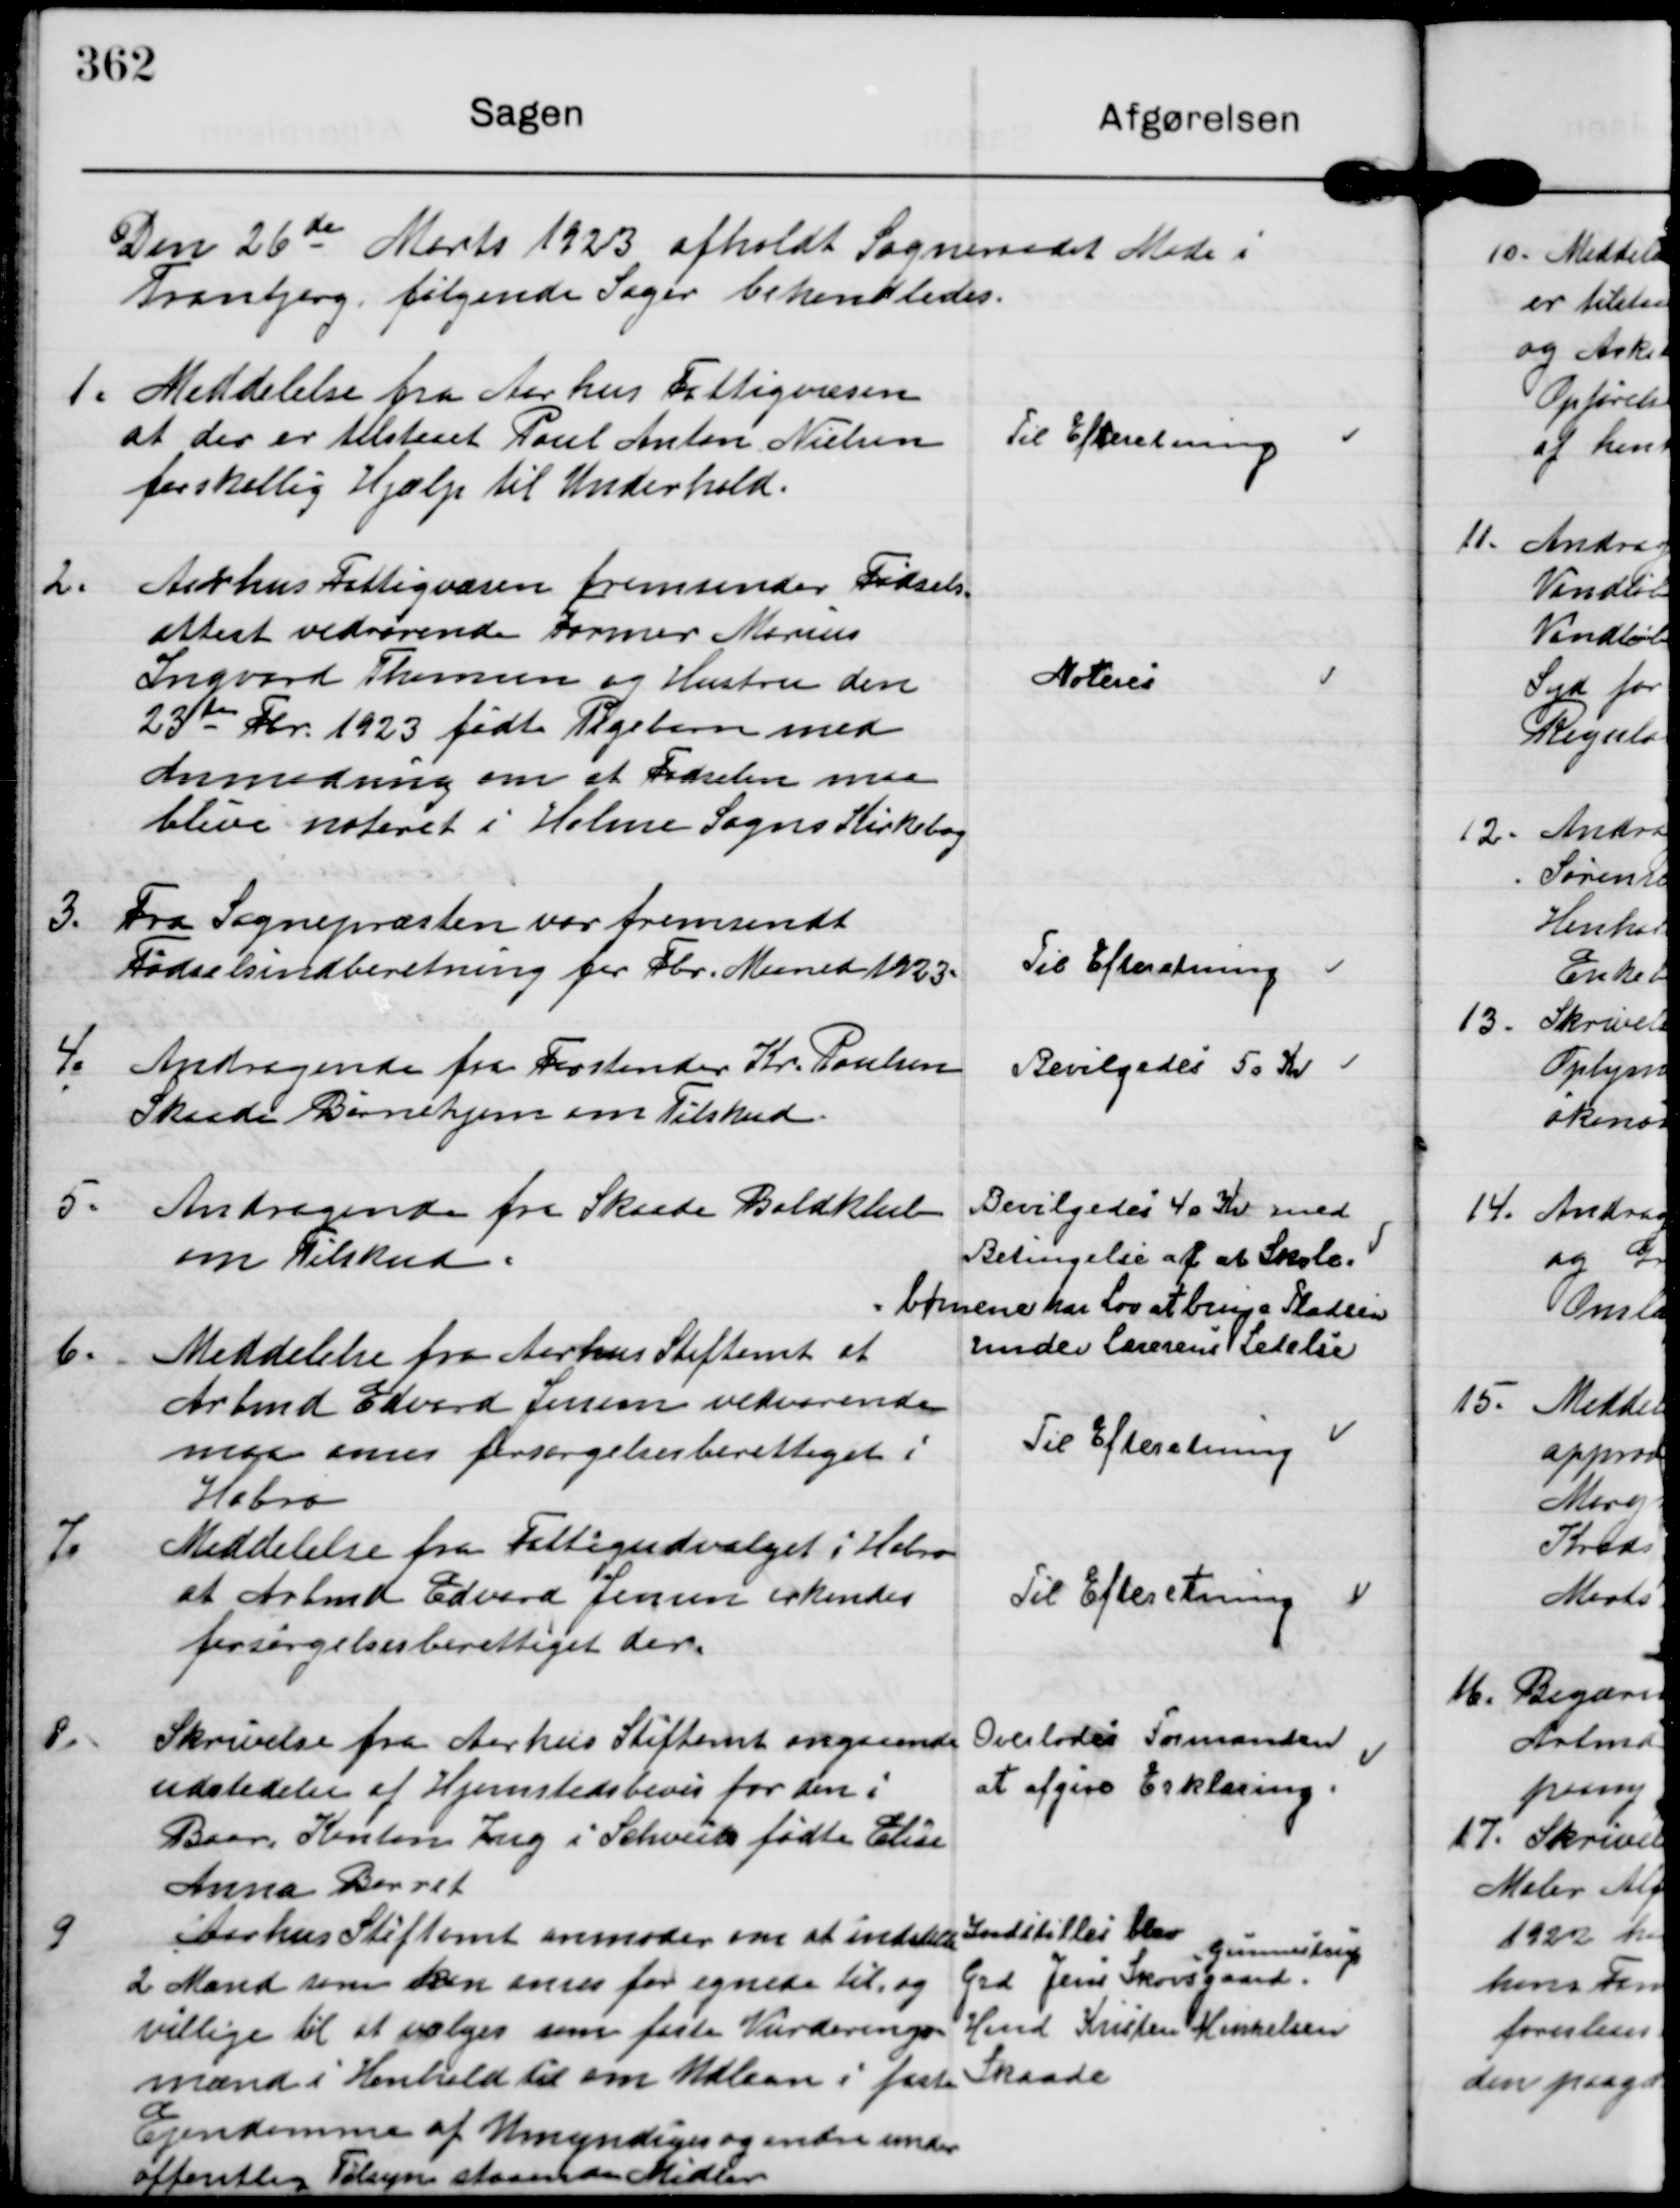
Transskription:
Den 26de Marts 1923 afholdt Sogneraadet Møde i
Tranbjerg, følgende Sager behandledes

1. Meddelelse fra Aarhus Fattigvæsen
at der er tilstaaet Poul Anton Nielsen
forskellig Hjælp til Underhold.

Til Efteretning

2.
Aarhus Fattigvæsen fremsender Fødsels-
attest vedrørende Former Marius
Ingvard Thomsen og Hustru den
23te Fbr. 1923 fødte Pigebarn med
Anmodning om at Fødselen maa
blive noteret i Holme Sogns Kirkebog

Noteres

3. Fra Sognepræsten var fremsendt
Fødselsindberetning for Fbr. Maaned 1923.

Til Efteretning

4.
Andragende fra Forstander Kr. Poulsen
Skaade Børnehjem om Tilskud.

Bevilgedes 50 Kr

5.
Andragende fra Skaade Boldklub
om Tilskud.

Bevilgedes 40 Kr med
Betingelse af at Skole.
børnene har Lov at bruge Pladsen
under lærerens Ledelse

6. Meddelelse fra Aarhus Stiftamt at
Arbmd Edvard Jensen vedvarende
maa anses forsørgelsesberettiget i
Hobro

Til Efteretning

7.
Meddelelse fra Fattigudvalget i Hobro
at Arbmd Edvard Jensen erkendes
forsørgelsesberettiget der.

Til Efteretning

8.
Skrivelse fra Aarhus Stiftamt angaaende
udstedelse af Hjemstedsbevis for den i
Baar Kanton Zug i Schveits fødte Elise
Anna Barret

Overlodes Formanden
at afgive Erklæring.

9
Aarhus Stiftamt anmoder om at indstille
2 Mand som kan anses for egnede til, og
vilige til at vælges som faste Vurderings-
mænd i Henhold til om Udlaan i faste
Ejendomme af Umyndiges og andre under
oftentlig Tilsyn staaende Midler

Indstilles blev
Grd Jens Skovsgaard.
Gunnestru
Hmd Kristen Mikkelsen
Skaade